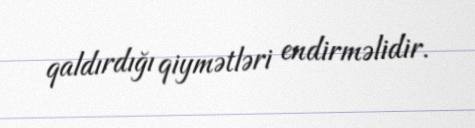
qaldırdığı qiymətləri endirməlidir.